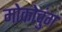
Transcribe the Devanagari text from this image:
मोकोचुंग